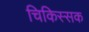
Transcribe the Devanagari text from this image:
चिकिस्सक